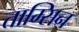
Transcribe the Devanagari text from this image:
ताम्सिन